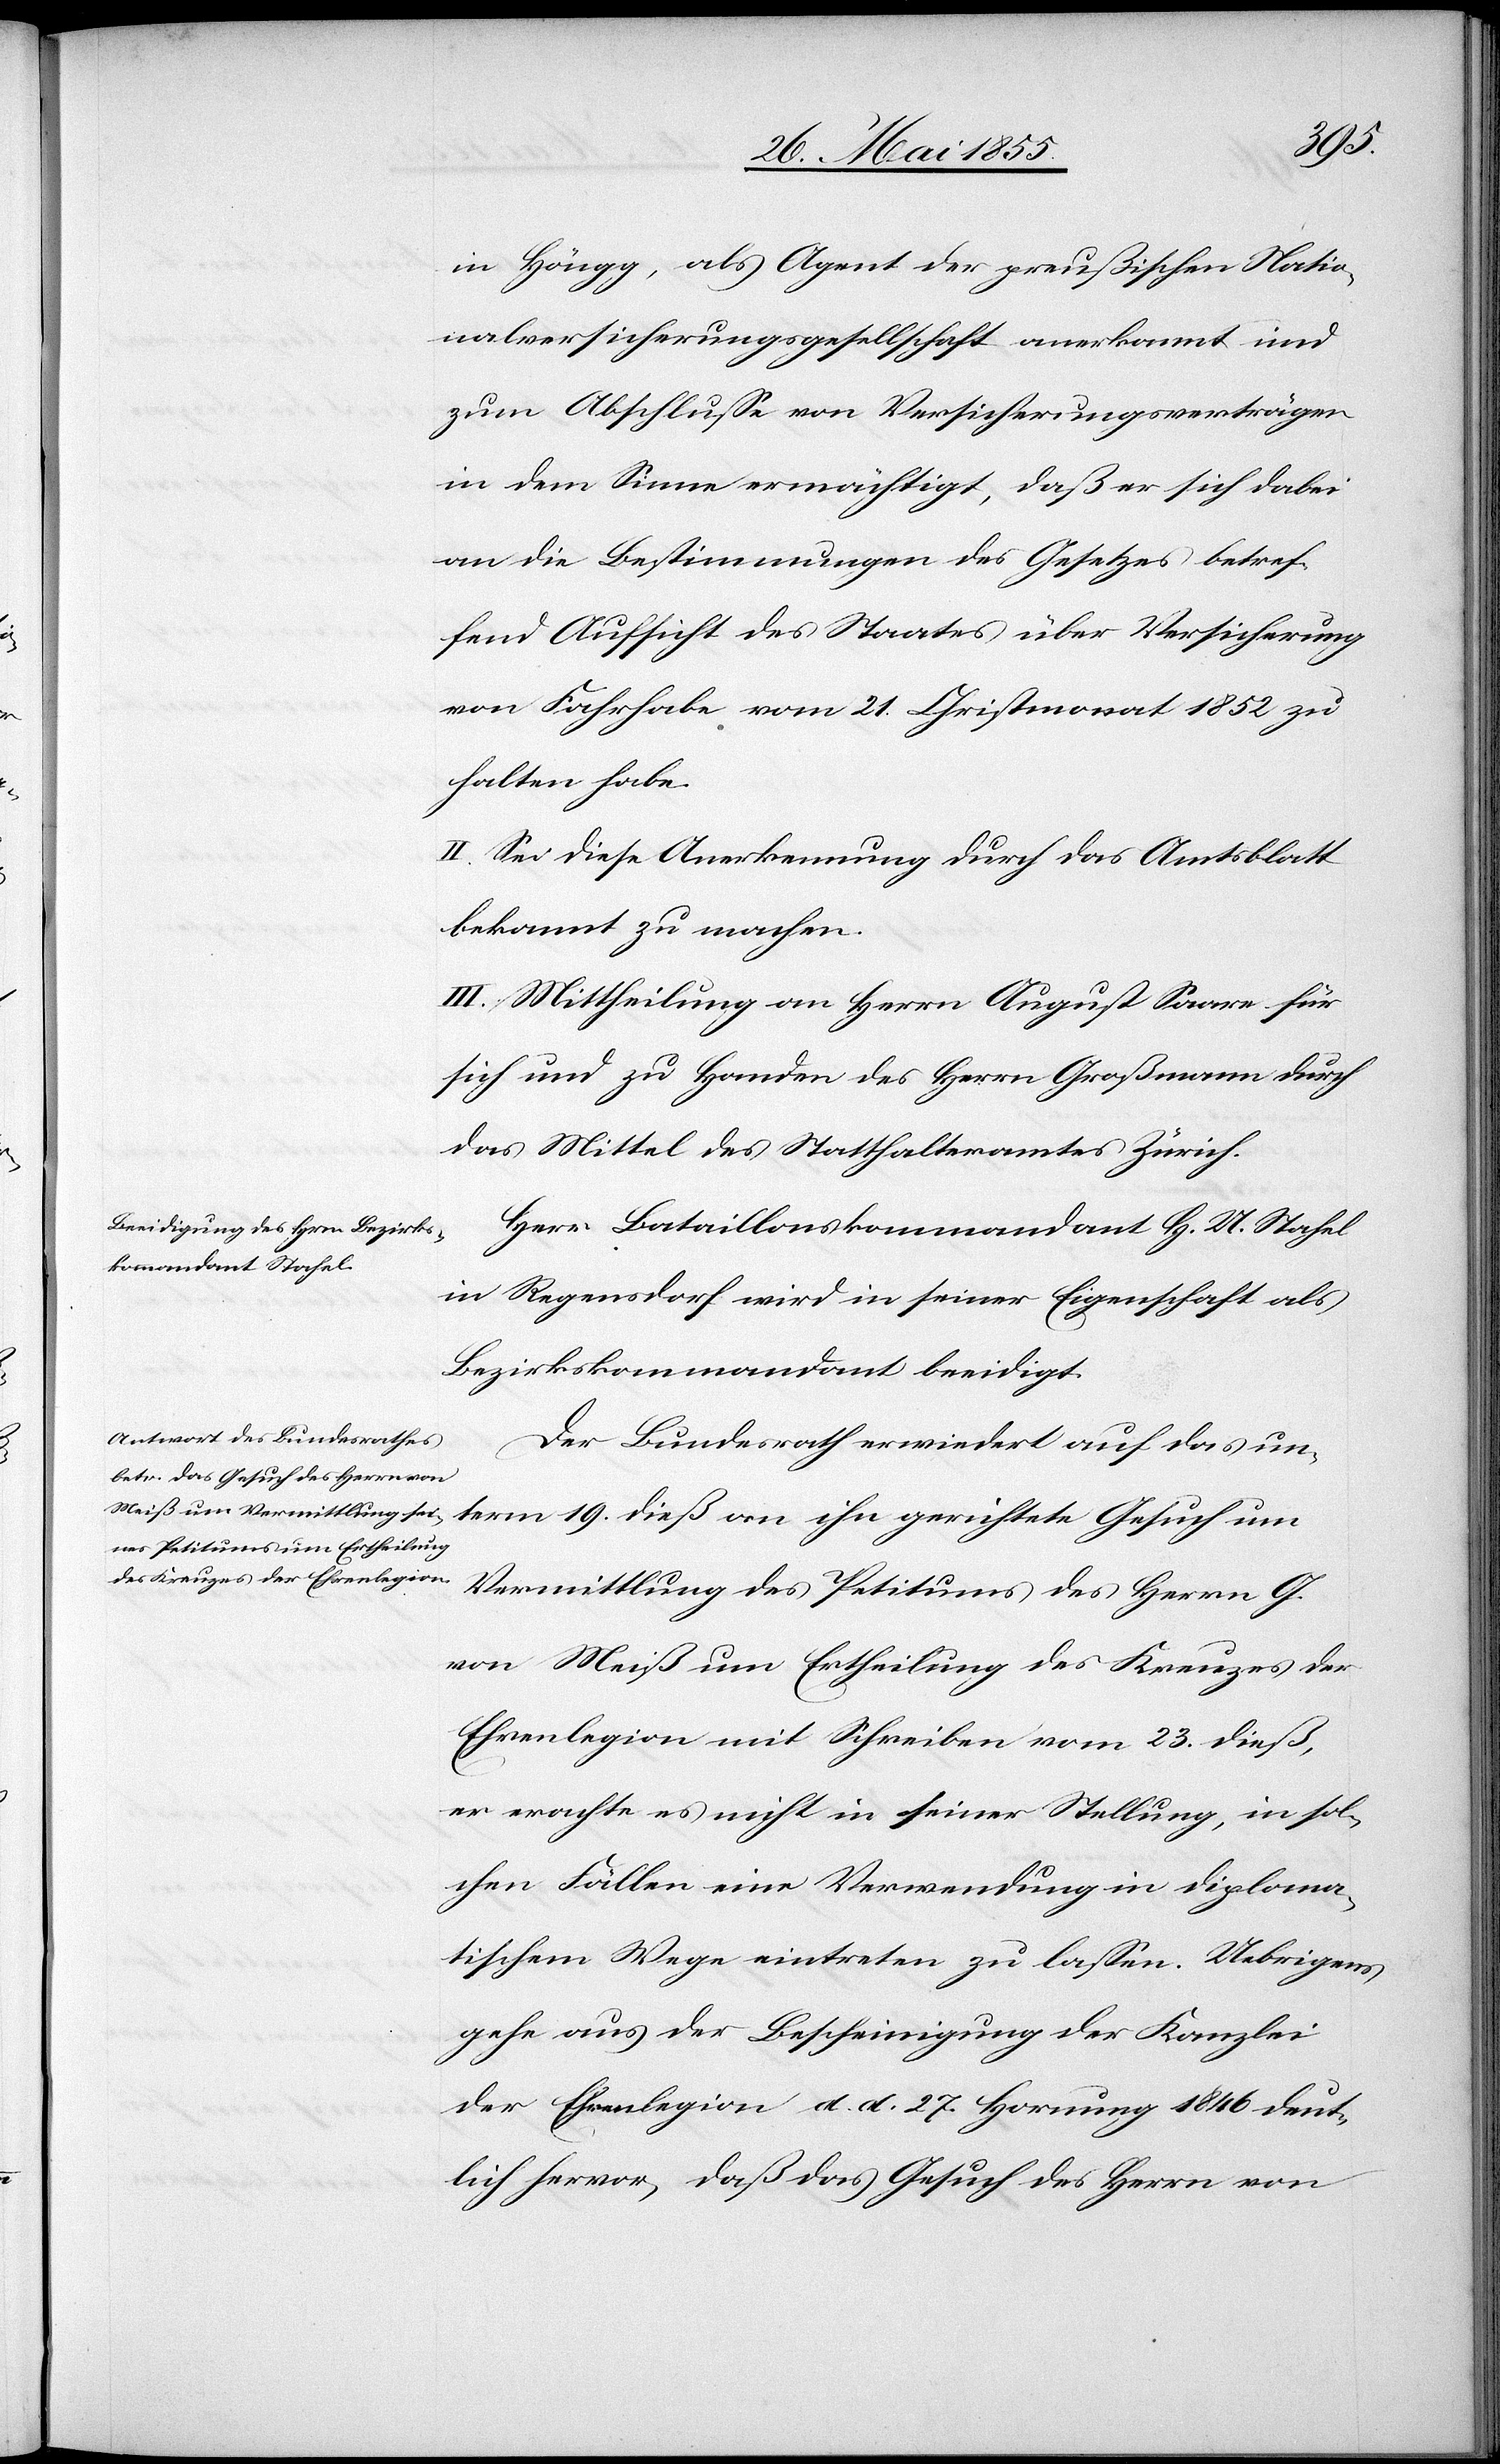
in Höngg, als Agent der preußischen Natio¬
nalversicherungsgesellschaft anerkannt und
zum Abschlusse von Versicherungsverträgen
in dem Sinne ermächtigt, daß er sich dabei
an die Bestimmungen des Gesetzes betref¬
fend Aufsicht des Staates über Versicherung
von Fahrhabe vom 21. Christmonat 1852 zu
halten habe.
II. Sei diese Anerkennung durch das Amtsblatt
bekannt zu machen.
III. Mittheilung an Herrn August Saare für
sich und zu Handen des Herrn Großmann durch
das Mittel des Statthalteramtes Zürich.
Herr Bataillonskommandant H. U. Stahel
in Regensdorf wird in seiner Eigenschaft als
Bezirkskommandant beeidigt.
Der Bundesrath erwiedert auf das un¬
term 19. dieß an ihn gerichtete Gesuch um
Vermittlung des Petitums des Herrn G.
von Meiß um Ertheilung des Kreuzes der
Ehrenlegion mit Schreiben vom 23. dieß,
er erachte es nicht in seiner Stellung, in sol¬
chen Fällen eine Verwendung in diploma¬
tischem Wege eintreten zu lassen. Uebrigens
gehe aus der Bescheinigung der Kanzlei
der Ehrenlegion d. d. 27. Hornung 1846 deut¬
lich hervor, daß das Gesuch des Herrn von